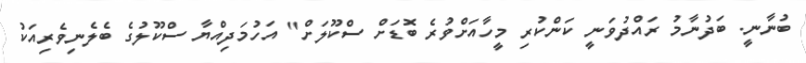
ބުނާނީ. ބަދުނާމު ރައްދުވަނީ ކަންކުރި މީހާއަށްވުރެ ބޮޑަށް ސްކޫލަށް" އަހުމަދިއްޔާ ސްކޫލުގެ ބެލެނިވެރިއަކު